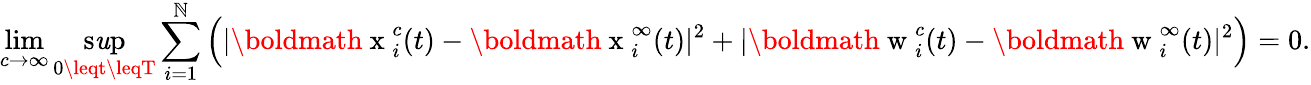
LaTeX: \operatorname*{lim}_{c\to\infty}\operatorname*{s\mathit{u}p}_{0\leqt\leqT}\sum_{i=1}^{\mathbb{N}}\Big(|\mathrm{{\boldmath~x~}}_{i}^{c}(t)-\mathrm{{\boldmath~x~}}_{i}^{\infty}(t)|^{2}+|\mathrm{{\boldmath~w~}}_{i}^{c}(t)-\mathrm{{\boldmath~w~}}_{i}^{\infty}(t)|^{2}\Big)=0.